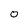
Character: o